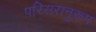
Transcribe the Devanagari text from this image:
परिसरानुरूप